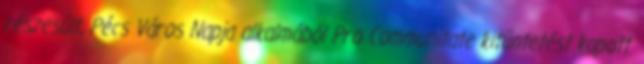
részesült, Pécs Város Napja alkalmából Pro Communitate kitüntetést kapott.